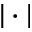
| \cdot |